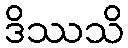
ဒိဿသိ